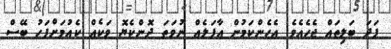
ފަދަ ބަލިތައް ޖެހެއެވެ. އެހެންކަމުން އާފަލެއް ނުވަތަ ދޮންކެޔޮ ވަކެއް ކެއުމަށްފަހު ބޭސް